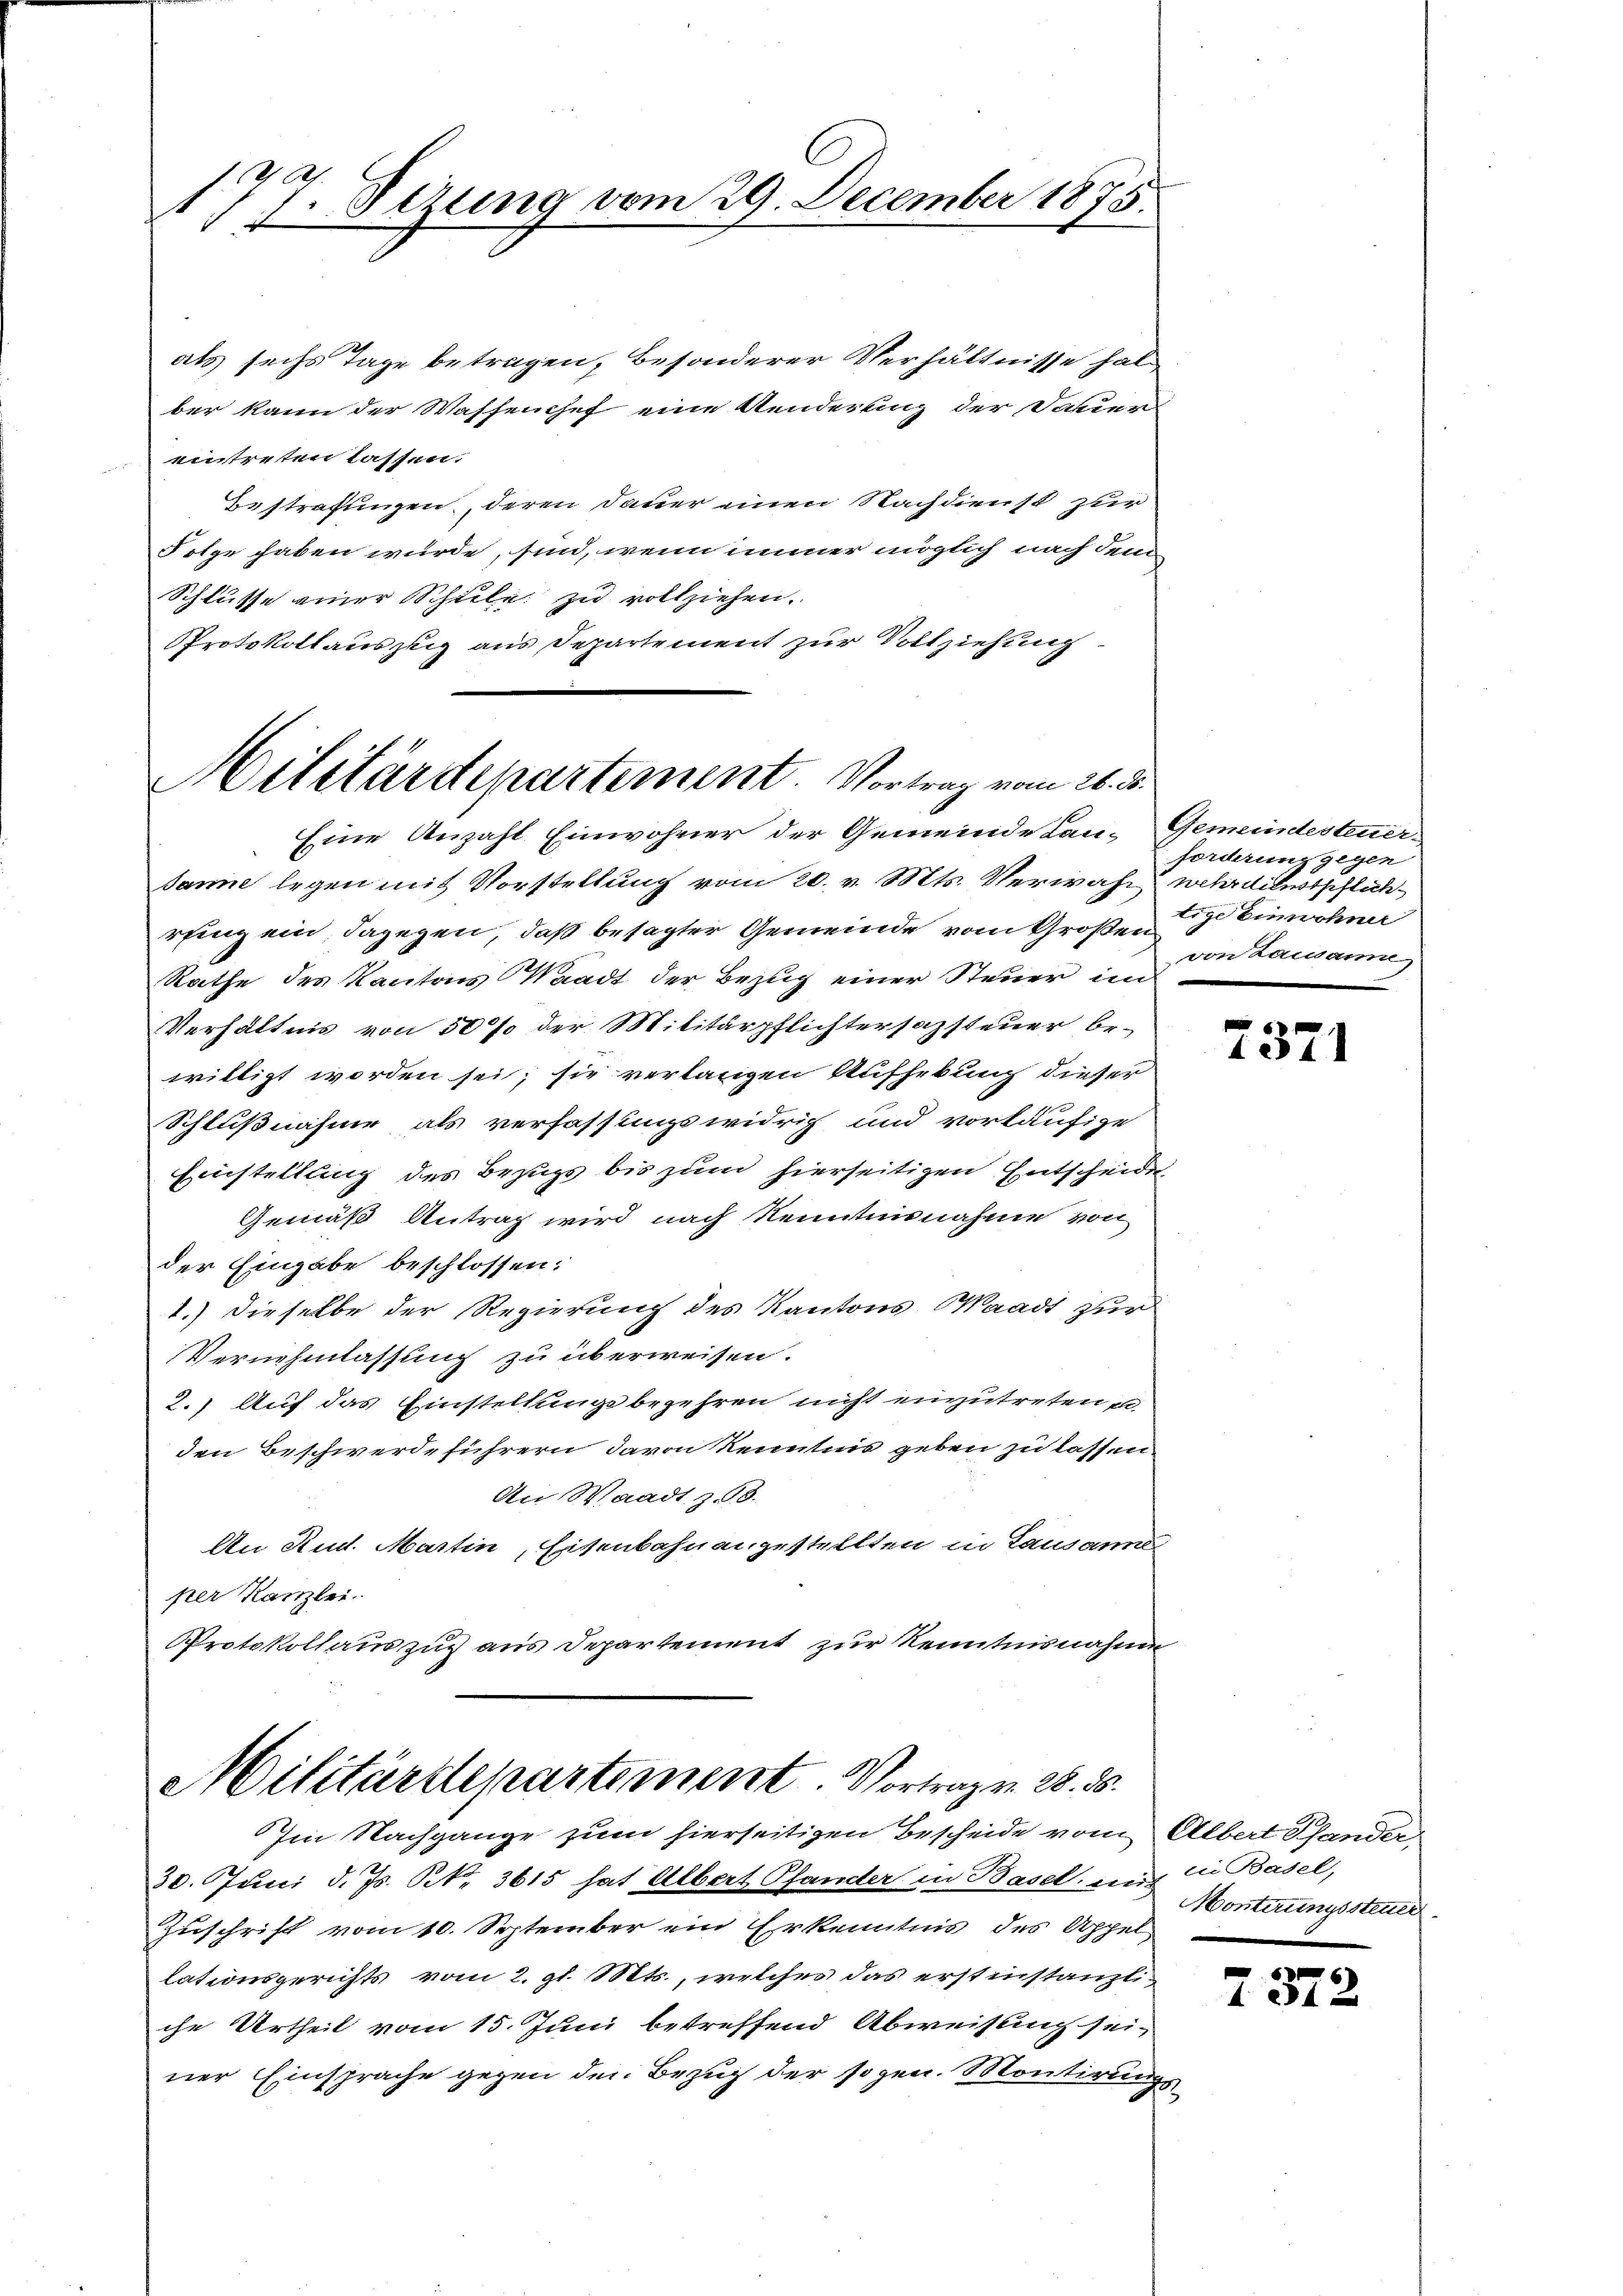
177. Sezung vom 29. December 1875.

als sechs Tage betragen, besonderer Verhältnisse hat
ber kann der Wassenchef eine Aenderling der Davier
eintreten lassen.
Bestrafungen, deren Dauer einen Nachdienst zur
Folge haben würde, sind, wenn immer möglich nach dem
Schlüsse einer Schule zu vollziehen.
Protokollauszug aus Departement zur Vollziehung

Hilitärdepartement. Vortrag vom 26. d.

Eine Anzahl Einwohner der Gemeinde Lan- Gemeindesteuersanne legen mit Vorstellung vom 20. v. Mts. Verwahr wehrdienstpflichrfing ein, dagegen, daß besagter Gemeinde vom Großen Einwohner
Rathe des Kantons Waadt der Bezug einer Steuer im
Verhältnis von 50 % der Militärpflichtersazsteuer bewilligt worden sei; sie verlangen Aufhebung dieser
Schlußnahme als verfassungswidrig und vorläufige
Einstellung des Bezugs bis zum hierseitigen Entscheide
Gemäß Antrag wird nach Kenntnisnahme von
der Eingabe beschlossen:
1.) Dieselbe der Regierung des Kantons Waadt zur
Vernehmlassung zu überweisen.
2.) Auf das Einstellung begehren nicht einzutreten e
den Beschwerdeführern davon Kenntnis geben zu lassen.
An Waadt z. 98.
An Rud. Martin, Eisenbahnangestellten in Lausanne
per Kanzlei.
Protokollauszug aus Departement zur Kenntnisnahme

MMilitärtlepartement. Vortrag v. 28. 85.
Im Nachgange zum hierseitigen Bescheide vom Albert Schander

forderung gegen
von Lausame

30. Juni d. Js. N. 3615 hat Albert Pfander in Baselung in Basel,
Zuschrift vom 10. September ein Erkenntnis des Appel
lationsgerichts vom 2. gl. Mts., welches das erstinstanzliche Urtheil vom 15. Juni betreffend Abweisung sei-
ner Einsprache gegen den Bezug der sogen. Montirungs¬

6
1234

Montirungssteuer

2372